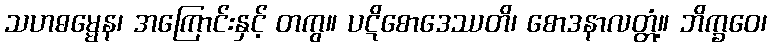
သဟဓမ္မေန၊ အကြောင်းနှင့် တကွ။ ပဋိစောဒေဿတိ၊ စောဒနာလတ္တံ့။ ဘိက္ခဝေ၊